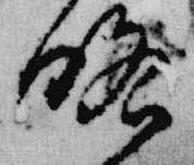
略